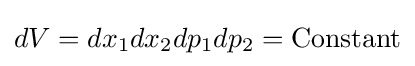
dV=dx_{1}dx_{2}dp_{1}dp_{2}={\text{Constant}}